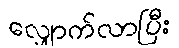
လျှောက်လာပြီး